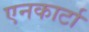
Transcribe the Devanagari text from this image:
एनकार्टा